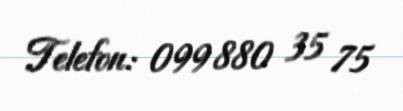
Telefon: 099 880 35 75